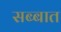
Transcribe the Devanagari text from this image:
सब्बात